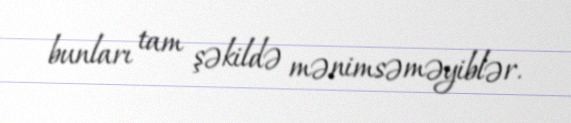
bunları tam şəkildə mənimsəməyiblər.